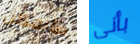
سأتمكن بأنى